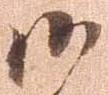
御